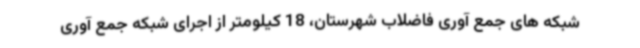
شبکه های جمع آوری فاضلاب شهرستان، 18 کیلومتر از اجرای شبکه جمع آوری